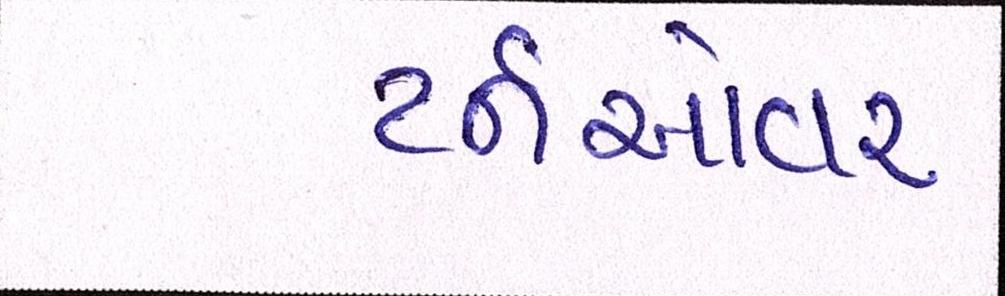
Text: ટર્નઓવર